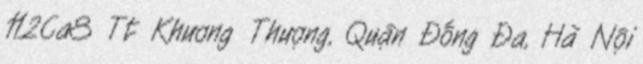
112Ca8 Tt Khương Thượng, Quận Đống Đa, Hà Nội